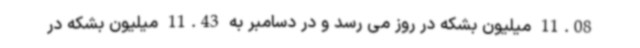
11.08 میلیون بشکه در روز می رسد و در دسامبر به 11.43 میلیون بشکه در